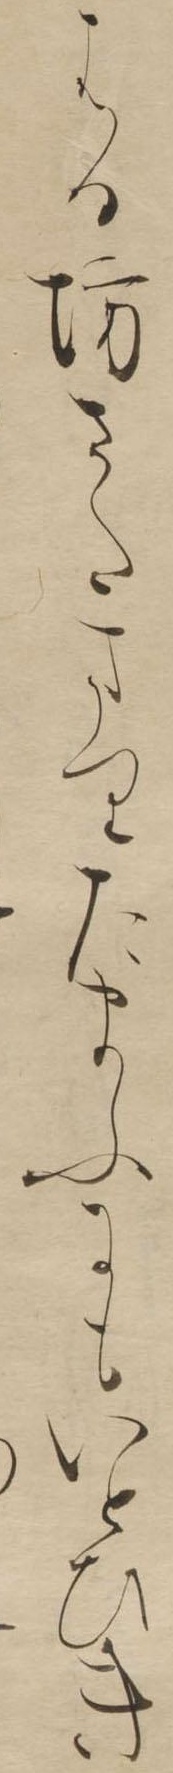
はる坊さたまりたまふにもいとひき